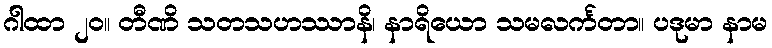
ဂါထာ ၂၀။ တီဏိ သတသဟဿာနိ၊ နာရိယော သမလင်္ကတာ။ ပဒုမာ နာမ